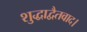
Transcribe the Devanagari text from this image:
शुद्धाद्वैतवाद।